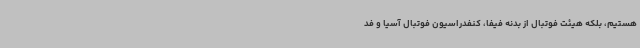
هستیم، بلکه هیئت فوتبال از بدنه فیفا، کنفدراسیون فوتبال آسیا و فد